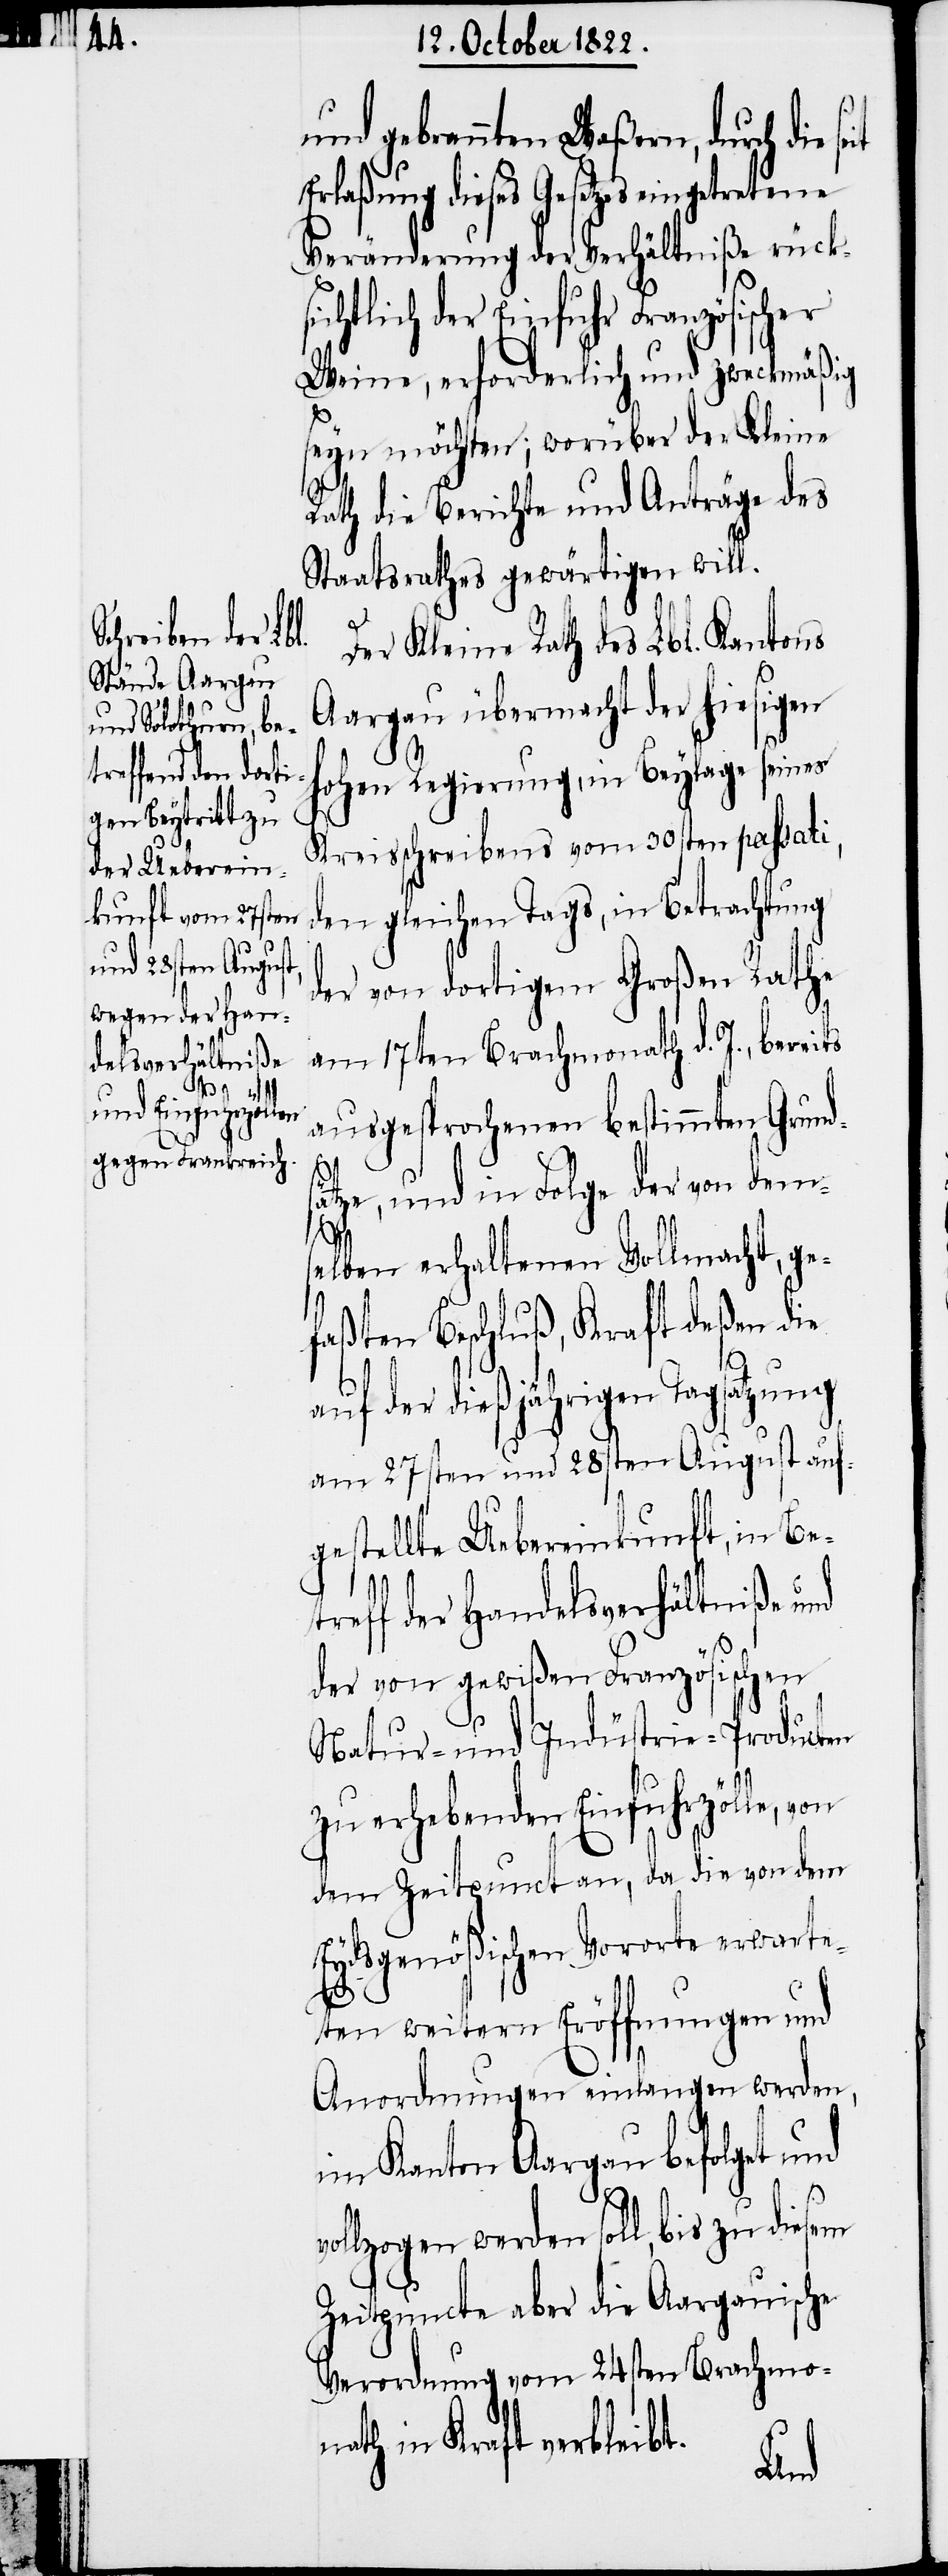
v¬

und gebrannten Waßern, durch die
Erlaßung dieses Gesetzes eingetretene
Veränderung der Verhältniße rücks¬
ichtlich der Einfuhr Französischer
Weine, erforderlich und zweckmäßig
seyn möchten; worüber der Kleine
Rath die Berichte und Anträge des
Staatsrathes gewärtigen will.
Der Kleine Rath des Lbl. Kantons
Aargau übermacht der hiesigen
hohen Regierung, in Beylage seines
Kreisschreibens vom 30sten passati,
den gleichen Tags, in Betrachtung
der von dortigem Großen Rathe
am 17ten Brachmonath d. J., bereits
ausgesprochenen bestimmten Grund¬
ätze, und in Folge der von dem¬
s¬
elben erhaltenen Vollmacht, ge¬
faßten Beschluß, Kraft deßen die
auf der dießjährigen Tagsatzung
am 27sten und 28sten August auf¬
gestellte Uebereinkunft, in Be¬
treff der Handelsverhältniße und
der von gewißen Französischen
Natur- und Indüstrie-Producten
zu erhebenden Einfuhrzölle,
dem Zeitpunct an, da die von dem
Eydsgenößischen Vororte erwarte¬
ten weitern Eröffnungen und
Anordnungen einlangen werden,
im Kanton Aargau befolget und
ollzogen werden soll, bis zu
Zeitpuncte aber die Aargauische
Verordnung vom 24sten Brachmo¬
nath in Kraft verbleibt.